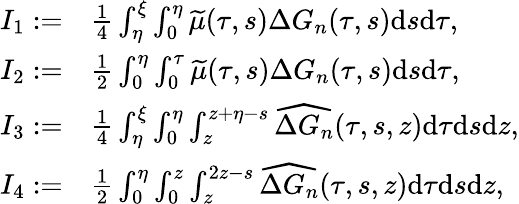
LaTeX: \begin{array}{rl}{I_{1}:=}&{{\frac{{1}}{4}}\int_{\eta}^{\xi}\int_{0}^{\eta}{\widetilde{\mu}(\tau,s)}\Delta G_{n}(\tau,s)\mathrm{d}s\mathrm{d}\tau,}\\ {I_{2}:=}&{{\frac{{1}}{2}}\int_{0}^{\eta}\int_{0}^{\tau}{\widetilde{\mu}(\tau,s)}\Delta G_{n}(\tau,s)\mathrm{d}s\mathrm{d}\tau,}\\ {I_{3}:=}&{\frac{1}{4}\int_{\eta}^{\xi}\int_{0}^{\eta}\int_{z}^{z+\eta-s}\widehat{\Delta G_{n}}(\tau,s,z)\mathrm{d}\tau\mathrm{d}s\mathrm{d}z,}\\ {I_{4}:=}&{\frac{1}{2}\int_{0}^{\eta}\int_{0}^{z}\int_{z}^{2z-s}\widehat{\Delta G_{n}}(\tau,s,z)\mathrm{d}\tau\mathrm{d}s\mathrm{d}z,}\end{array}